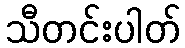
သီတင်းပါတ်